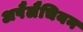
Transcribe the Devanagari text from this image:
अपैलैचियन